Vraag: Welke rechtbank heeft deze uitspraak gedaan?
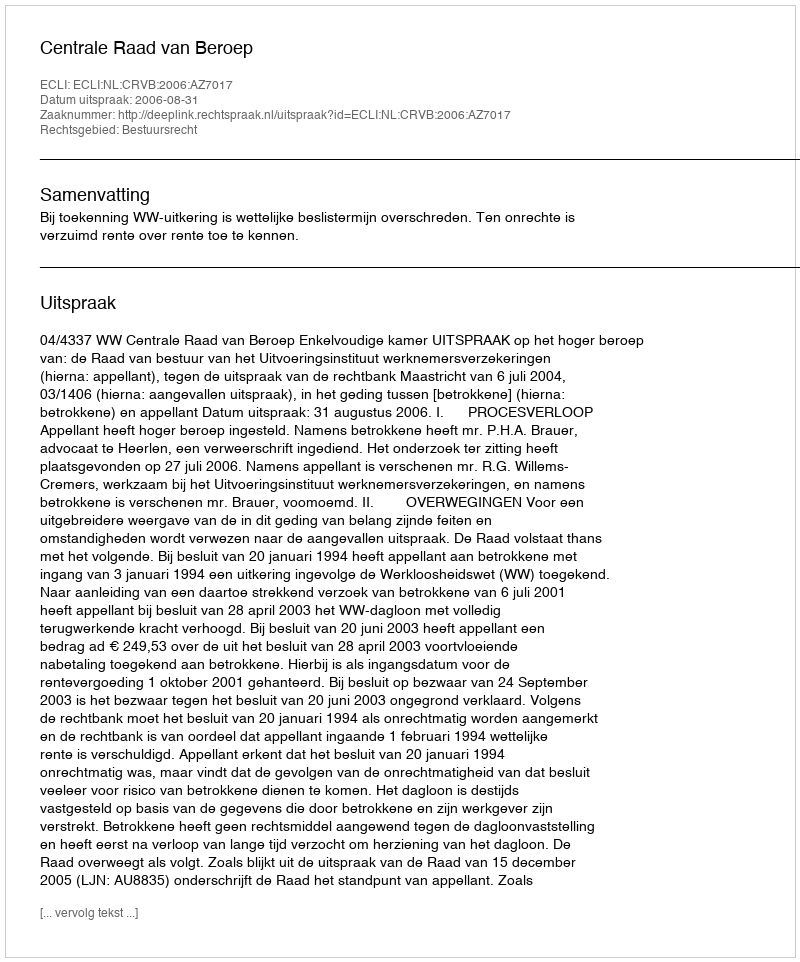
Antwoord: Centrale Raad van Beroep